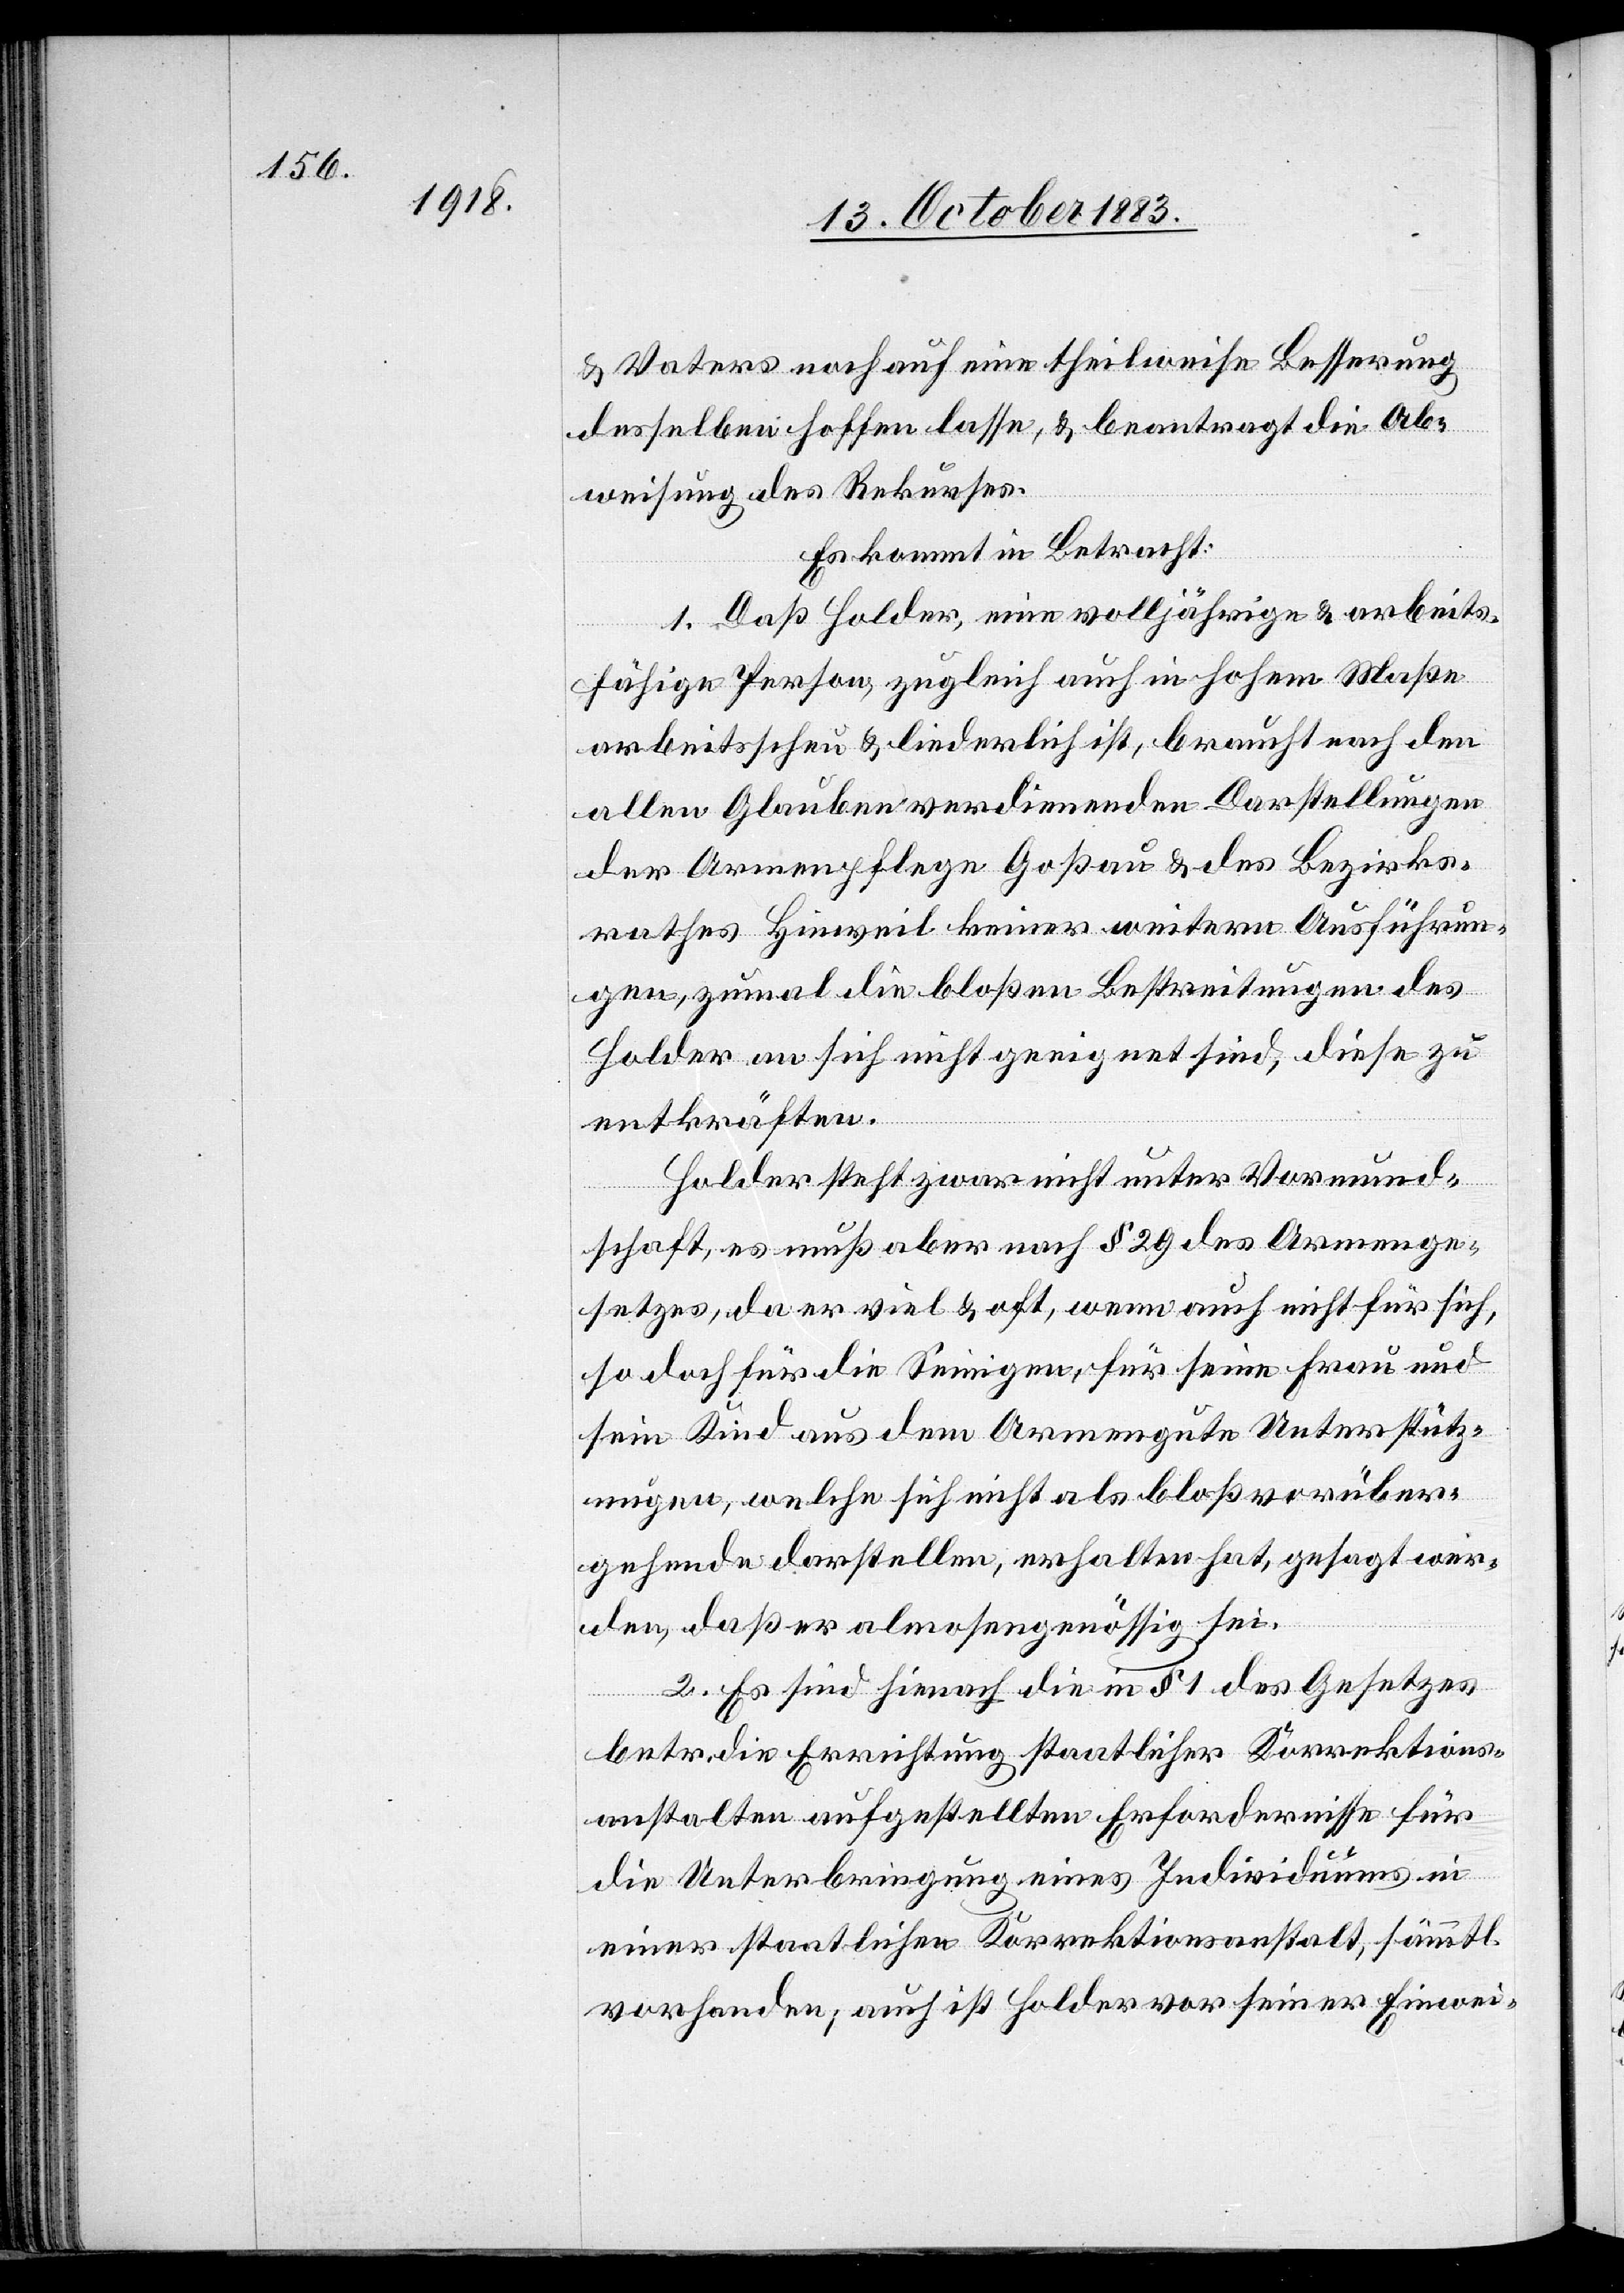
& Vaters noch auf eine theilweise Besserung
desselben hoffen lasse, & beantragt die Ab¬
weisung des Rekurses.
Es kommt in Betracht:
1. Daß Holder, eine volljährige & arbeits¬
fähige Person, zugleich auch in hohem Maße
arbeitsscheu & liederlich ist, braucht nach den
allen Glauben verdienenden Darstellungen
der Armenpflege Goßau & des Bezirks¬
rathes Hinweil keiner weitern Ausführun¬
gen, zumal die bloßen Bestreitungen des
Holder an sich nicht geeignet sind, diese zu
entkräften.
Holder steht zwar nicht unter Vormund¬
schaft, es muß aber nach § 29 des Armenge¬
setzes, da er viel & oft, wenn auch nicht für sich,
so doch für die Seinigen, für seine Frau und
sein Kind aus dem Armengute Unterstütz¬
ungen, welche sich nicht als bloß vorüber¬
gehende darstellen, erhalten hat, gesagt wer¬
den, daß er almosengenössig sei.
2. Es sind hienach die in § 1 des Gesetzes
betr. die Errichtung staatlicher Korrektions¬
anstalten aufgestellten Erfordernisse für
die Unterbringung eines Individuums in
einer staatlichen Korrektionsanstalt, sämtl.
vorhanden; auch ist Holder vor seiner Einwei-